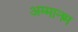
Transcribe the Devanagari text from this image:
अम्मानम